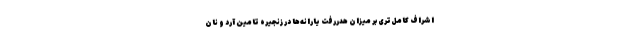
اشراف کامل‌تری بر میزان هدررفت یارانه‌ها در زنجیره تامین آرد و نان